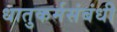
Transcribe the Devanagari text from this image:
धातुकर्मसंबंधी